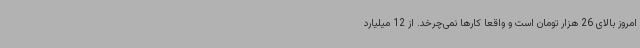
امروز بالای 26 هزار تومان است و واقعا کارها نمی‌چرخد. از 12 میلیارد